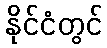
နိုင်ငံတွင်